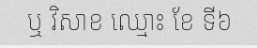
ឬ វិសាខ ឈ្មោះ ខែ ទី៦